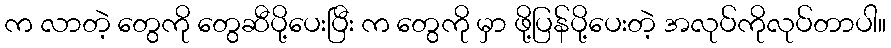
က လာတဲ့ တွေကို တွေဆီပို့ပေးပြီး က တွေကို မှာ ဖို့ပြန်ပို့ပေးတဲ့ အလုပ်ကိုလုပ်တာပါ။